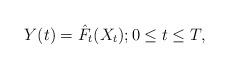
LaTeX: \begin{align*}Y(t) = \hat{F}_t(X_t); 0\le t\le T,\end{align*}